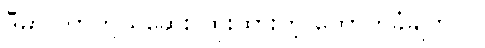
ဒီမှာ ကာကွယ်ဆေး ထိုးထားတဲ့ ထောက်ခံချက်ပါ။